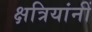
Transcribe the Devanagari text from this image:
क्षत्रियांनीं